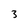
Character: 3